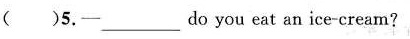
( )5.- ___ do you eat an ice-cream?